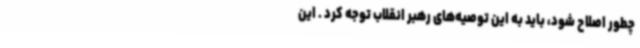
چطور اصلاح شود، باید به این توصیه‌های رهبر انقلاب توجه کرد . این